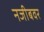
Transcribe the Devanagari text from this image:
नजीबवर